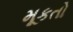
મૂકતો